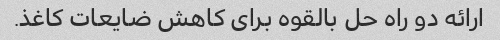
ارائه دو راه حل بالقوه برای کاهش ضایعات کاغذ.